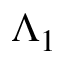
\Lambda _ { 1 }